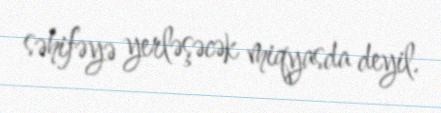
səhifəyə yerləşəcək miqyasda deyil.